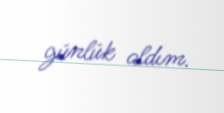
günlük aldım.